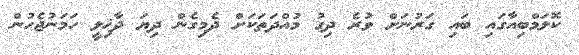
ކޮލަމްބިއާގައި ބައި ގަރުނަށް ވުރެ ދިގު މުއްދަތަކަށް ދެމިގެން ދިޔަ ދާޚިލީ ހަމަނުޖެހުން